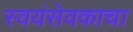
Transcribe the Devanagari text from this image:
स्वयंसेवकाचा